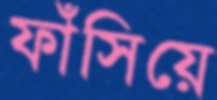
ফাঁসিয়ে